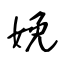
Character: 娩